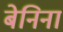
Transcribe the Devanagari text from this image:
बेनिना